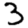
Digit: 3